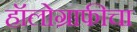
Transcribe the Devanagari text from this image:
हॉलोग्राफीचा